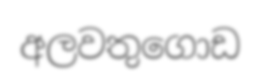
අලවතුගොඩ